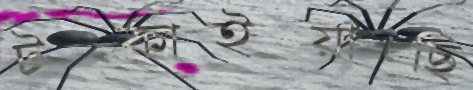
টপ্‌কাইয়াছি